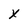
Character: x